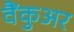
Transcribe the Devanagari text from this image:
वैंकुअर